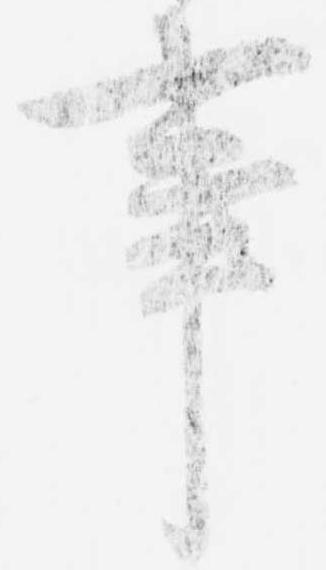
事